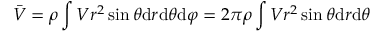
\bar { V } = \rho \int V r ^ { 2 } \sin \theta \mathrm { d } r \mathrm { d } \theta \mathrm { d } \varphi = 2 \pi \rho \int V r ^ { 2 } \sin \theta \mathrm { d } r \mathrm { d } \theta